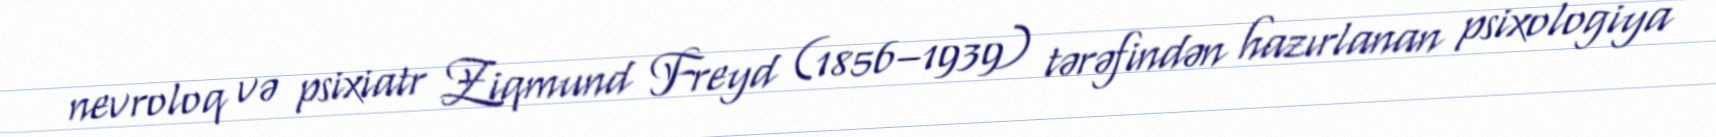
nevroloq və psixiatr Ziqmund Freyd (1856–1939) tərəfindən hazırlanan psixologiya